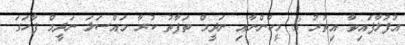
އުފުލާފައިވާ އިތުރު 8 މީހުންނާއި ނަދީމް ތަފާތު ކުރާ މައްސަލަ ނަދީމް ފާހަގަ